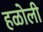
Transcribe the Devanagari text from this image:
हळोली